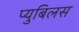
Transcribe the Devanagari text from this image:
प्युबिलस